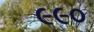
૯૯૦